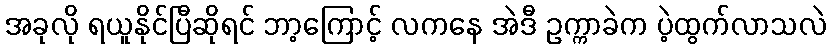
အခုလို ရယူနိုင်ပြီဆိုရင် ဘာ့ကြောင့် လကနေ အဲဒီ ဥက္ကာခဲက ပဲ့ထွက်လာသလဲ